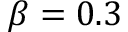
\beta = 0 . 3